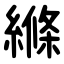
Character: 縧